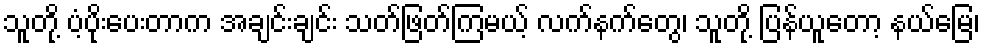
သူတို့ ပံ့ပိုးပေးတာက အချင်းချင်း သတ်ဖြတ်ကြမယ့် လက်နက်တွေ၊ သူတို့ ပြန်ယူတော့ နယ်မြေ၊